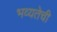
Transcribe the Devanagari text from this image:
भव्यतेची